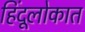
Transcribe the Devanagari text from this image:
हिंदूलोकात